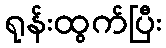
ရုန်းထွက်ပြီး